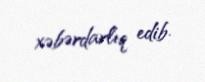
xəbərdarlıq edib.